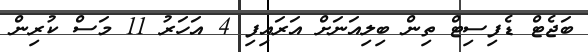
ބަޖެޓް ޑެފިސިޓް ތިން ބިލިއަނަށް އަރައިފި 4 އަހަރު 11 މަސް ކުރިން